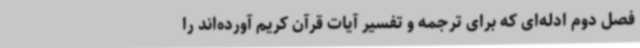
فصل دوم ادله‌ای که برای ترجمه و تفسیر آیات قرآن کریم آورده‌اند را